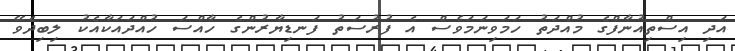
އަދި އިސްތިއުނާފްގެ މުއްދަތު ހަމަވިނަމަވެސް އެ ފުރުސަތު ފަނޑިޔާރުންގެ ހާއްސަ ހުއްދައަކާއެކު ލިބިދެވޭ